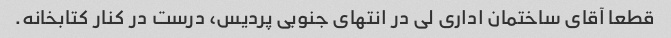
قطعا آقای ساختمان اداری لی در انتهای جنوبی پردیس، درست در کنار کتابخانه.